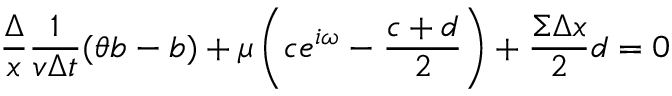
\frac { \Delta } { x } \frac { 1 } { v \Delta t } ( \theta b - b ) + \mu \left( c e ^ { i \omega } - \frac { c + d } { 2 } \right) + \frac { \Sigma \Delta x } { 2 } d = 0